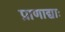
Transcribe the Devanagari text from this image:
प्राणाद्याः